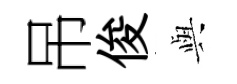
吊俊𫤰